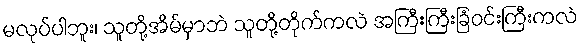
မလုပ်ပါဘူး၊ သူတို့အိမ်မှာဘဲ သူတို့တိုက်ကလဲ အကြီးကြီးခြံဝင်းကြီးကလဲ